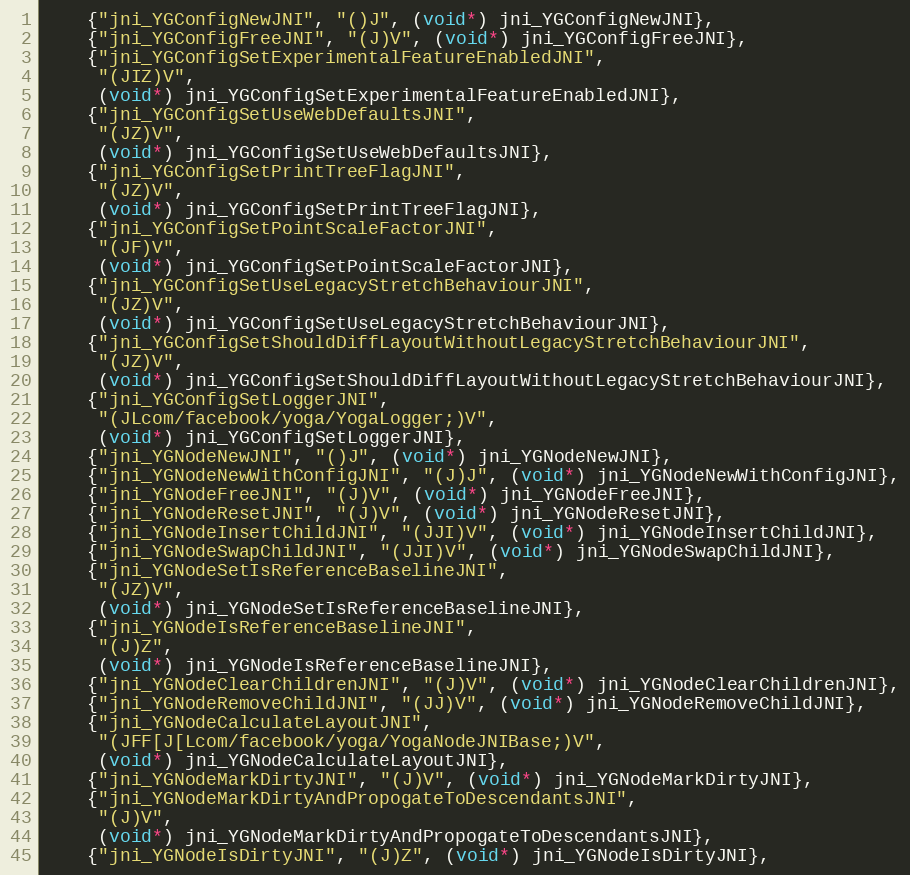
Language: C++
    {"jni_YGConfigNewJNI", "()J", (void*) jni_YGConfigNewJNI},
    {"jni_YGConfigFreeJNI", "(J)V", (void*) jni_YGConfigFreeJNI},
    {"jni_YGConfigSetExperimentalFeatureEnabledJNI",
     "(JIZ)V",
     (void*) jni_YGConfigSetExperimentalFeatureEnabledJNI},
    {"jni_YGConfigSetUseWebDefaultsJNI",
     "(JZ)V",
     (void*) jni_YGConfigSetUseWebDefaultsJNI},
    {"jni_YGConfigSetPrintTreeFlagJNI",
     "(JZ)V",
     (void*) jni_YGConfigSetPrintTreeFlagJNI},
    {"jni_YGConfigSetPointScaleFactorJNI",
     "(JF)V",
     (void*) jni_YGConfigSetPointScaleFactorJNI},
    {"jni_YGConfigSetUseLegacyStretchBehaviourJNI",
     "(JZ)V",
     (void*) jni_YGConfigSetUseLegacyStretchBehaviourJNI},
    {"jni_YGConfigSetShouldDiffLayoutWithoutLegacyStretchBehaviourJNI",
     "(JZ)V",
     (void*) jni_YGConfigSetShouldDiffLayoutWithoutLegacyStretchBehaviourJNI},
    {"jni_YGConfigSetLoggerJNI",
     "(JLcom/facebook/yoga/YogaLogger;)V",
     (void*) jni_YGConfigSetLoggerJNI},
    {"jni_YGNodeNewJNI", "()J", (void*) jni_YGNodeNewJNI},
    {"jni_YGNodeNewWithConfigJNI", "(J)J", (void*) jni_YGNodeNewWithConfigJNI},
    {"jni_YGNodeFreeJNI", "(J)V", (void*) jni_YGNodeFreeJNI},
    {"jni_YGNodeResetJNI", "(J)V", (void*) jni_YGNodeResetJNI},
    {"jni_YGNodeInsertChildJNI", "(JJI)V", (void*) jni_YGNodeInsertChildJNI},
    {"jni_YGNodeSwapChildJNI", "(JJI)V", (void*) jni_YGNodeSwapChildJNI},
    {"jni_YGNodeSetIsReferenceBaselineJNI",
     "(JZ)V",
     (void*) jni_YGNodeSetIsReferenceBaselineJNI},
    {"jni_YGNodeIsReferenceBaselineJNI",
     "(J)Z",
     (void*) jni_YGNodeIsReferenceBaselineJNI},
    {"jni_YGNodeClearChildrenJNI", "(J)V", (void*) jni_YGNodeClearChildrenJNI},
    {"jni_YGNodeRemoveChildJNI", "(JJ)V", (void*) jni_YGNodeRemoveChildJNI},
    {"jni_YGNodeCalculateLayoutJNI",
     "(JFF[J[Lcom/facebook/yoga/YogaNodeJNIBase;)V",
     (void*) jni_YGNodeCalculateLayoutJNI},
    {"jni_YGNodeMarkDirtyJNI", "(J)V", (void*) jni_YGNodeMarkDirtyJNI},
    {"jni_YGNodeMarkDirtyAndPropogateToDescendantsJNI",
     "(J)V",
     (void*) jni_YGNodeMarkDirtyAndPropogateToDescendantsJNI},
    {"jni_YGNodeIsDirtyJNI", "(J)Z", (void*) jni_YGNodeIsDirtyJNI},